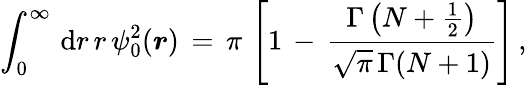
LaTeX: \begin{array}{l}{\displaystyle\int_{0}^{\infty}\, \mathrm{d}r\, r\, \psi_{0}^{2}(\boldsymbol{r})\, =\, \pi\, \left[1\, -\, \frac{\Gamma\left(N+\frac 12\right)}{\sqrt\pi\, \Gamma(N+1)}\right]\, ,}\end{array}